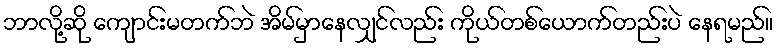
ဘာလို့ဆို ကျောင်းမတက်ဘဲ အိမ်မှာနေလျှင်လည်း ကိုယ်တစ်ယောက်တည်းပဲ နေရမည်။